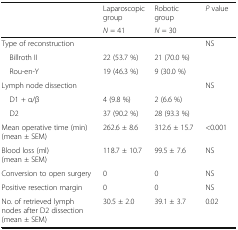
<table><thead><tr><td rowspan="2"></td><td><b>Laparoscopic group</b></td><td><b>Robotic group</b></td><td rowspan="2"><b><i>P</i> value</b></td></tr><tr><td><b><i>N</i> = 41</b></td><td><b><i>N</i> = 30</b></td></tr></thead><tbody><tr><td>Type of reconstruction</td><td></td><td></td><td>NS</td></tr><tr><td> Billroth II</td><td>22 (53.7 %)</td><td>21 (70.0 %)</td><td rowspan="2"></td></tr><tr><td> Rou-en-Y</td><td>19 (46.3 %)</td><td>9 (30.0 %)</td></tr><tr><td>Lymph node dissection</td><td></td><td></td><td>NS</td></tr><tr><td> D1 + α/β</td><td>4 (9.8 %)</td><td>2 (6.6 %)</td><td rowspan="2"></td></tr><tr><td> D2</td><td>37 (90.2 %)</td><td>28 (93.3 %)</td></tr><tr><td>Mean operative time (min) (mean ± SEM)</td><td>262.6 ± 8.6</td><td>312.6 ± 15.7</td><td>&lt;0.001</td></tr><tr><td>Blood loss (ml) (mean ± SEM)</td><td>118.7 ± 10.7</td><td>99.5 ± 7.6</td><td>NS</td></tr><tr><td>Conversion to open surgery</td><td>0</td><td>0</td><td>NS</td></tr><tr><td>Positive resection margin</td><td>0</td><td>0</td><td>NS</td></tr><tr><td>No. of retrieved lymph nodes after D2 dissection (mean ± SEM)</td><td>30.5 ± 2.0</td><td>39.1 ± 3.7</td><td>0.02</td></tr></tbody></table>